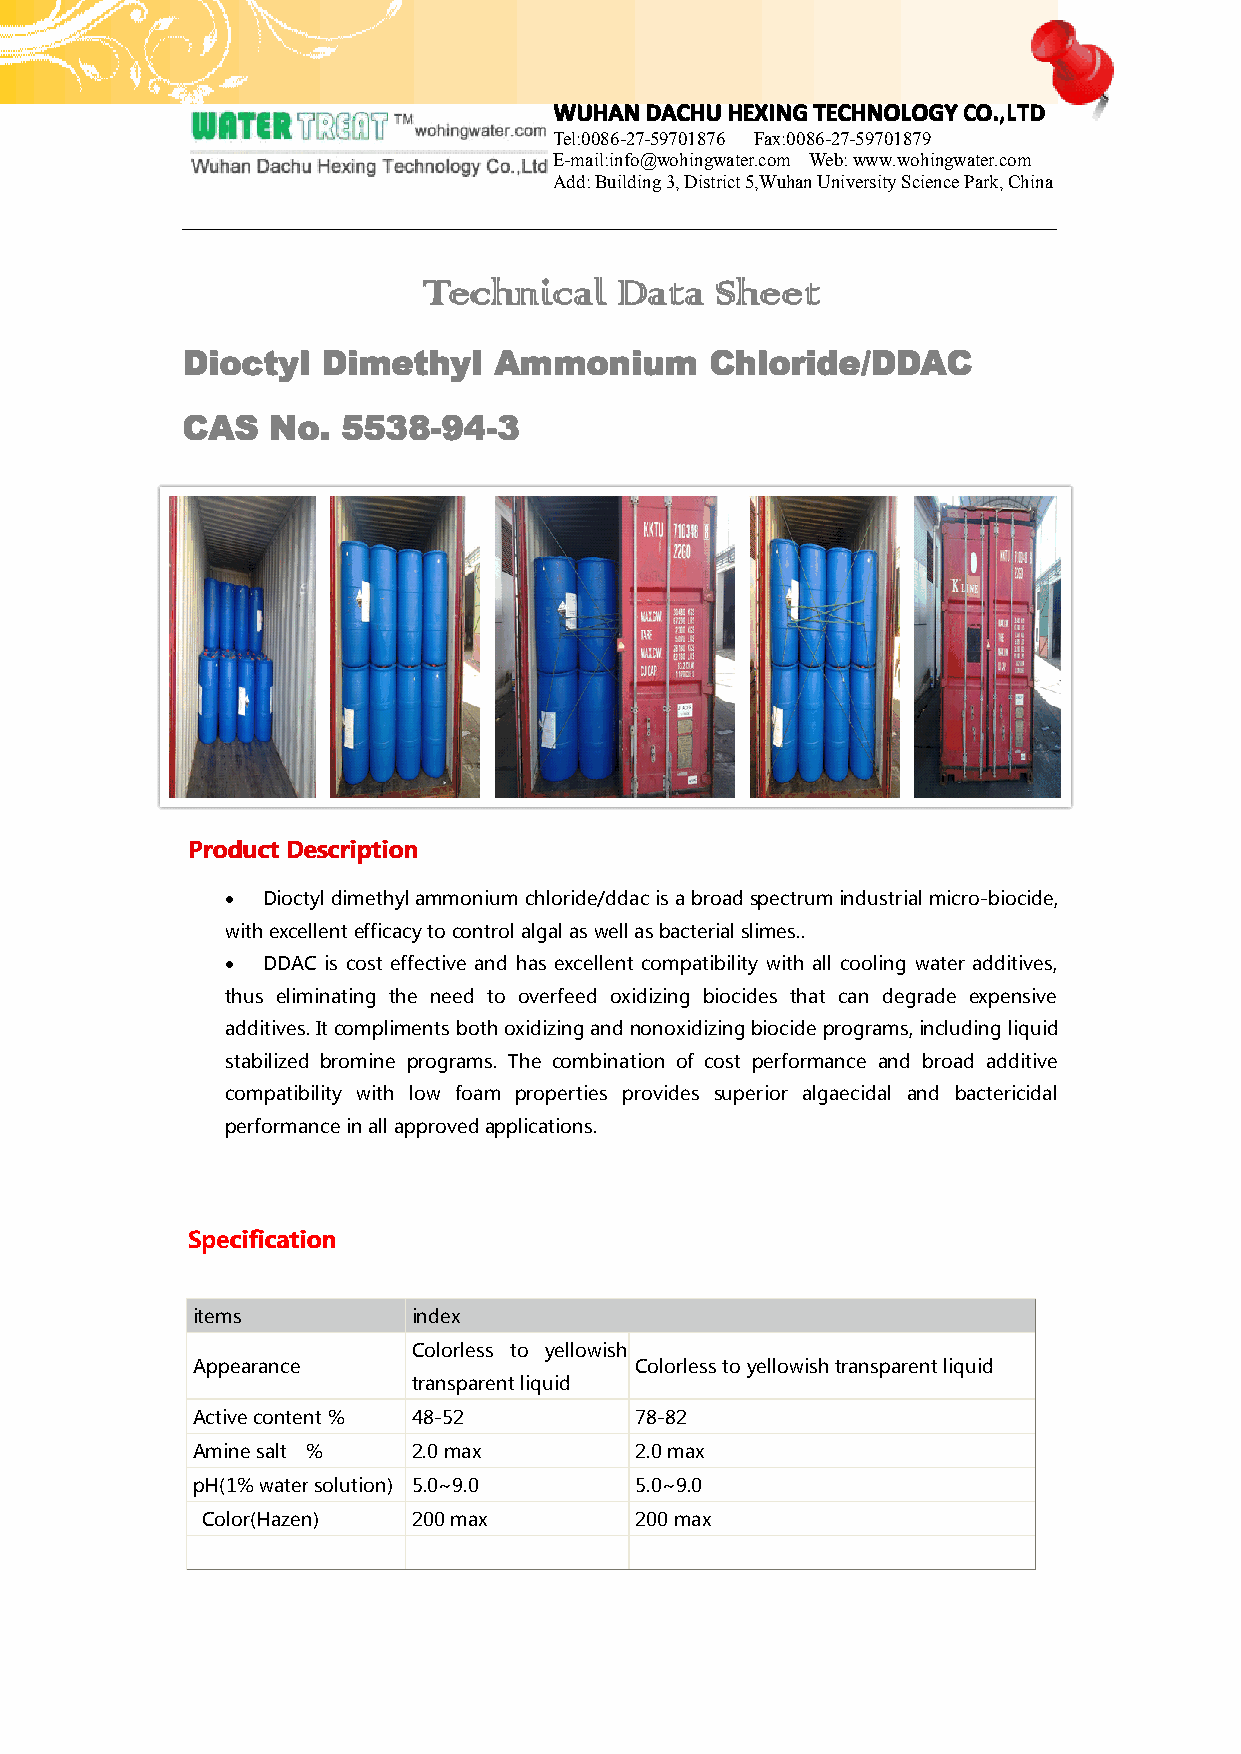
WWWWUUUUHHHHAAAANNNNDDDDAAAACCCCHHHHUUUUHHHHEEEEXXXXIIIINNNNGGGGTTTTEEEECCCCHHHHNNNNOOOOLLLLOOOOGGGGYYYYCCCCOOOO....,,,,LLLLTTTTDDDD
 Tel:0086-27-59701876 Fax:0086-27-59701879
 E-mail:info@wohingwater.com Web:www.wohingwater.com
 Add:Building3,District5,WuhanUniversitySciencePark,China
 TTTTeeeecccchhhhnnnniiiiccccaaaallll DDDDaaaattttaaaa SSSShhhheeeeeeeetttt
 DDDDiiiiooooccccttttyyyyllll DDDDiiiimmmmeeeetttthhhhyyyyllll AAAAmmmmmmmmoooonnnniiiiuuuummmm CCCChhhhlllloooorrrriiiiddddeeee////DDDDDDDDAAAACCCC
 CCCCAAAASSSS NNNNoooo.... 5555555533338888----99994444----3333
 PPPPrrrroooodddduuuuccccttttDDDDeeeessssccccrrrriiiippppttttiiiioooonnnn
 • Dioctyldimethylammoniumchloride/ddacisabroadspectrumindustrialmicro-biocide,
 withexcellentefficacytocontrolalgalaswellasbacterialslimes..
 • DDAC is cost effective and has excellent compatibility with all cooling water additives,
 thus eliminating the need to overfeed oxidizing biocides that can degrade expensive
 additives.Itcomplimentsbothoxidizingandnonoxidizingbiocideprograms,includingliquid
 stabilized bromine programs. The combination of cost performance and broad additive
 compatibility with low foam properties provides superior algaecidal and bactericidal
 performanceinallapprovedapplications.
 SSSSppppeeeecccciiiiffffiiiiccccaaaattttiiiioooonnnn
 items         index
 Colorless to yellowish
 Appearance                   Colorlesstoyellowishtransparentliquid
 transparentliquid
 Activecontent% 48-52         78-82
 Aminesalt %   2.0max         2.0max
 pH(1%watersolution) 5.0~9.0  5.0~9.0
 Color(Hazen)  200max         200max